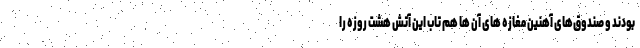
بودند و صندوق‌های آهنین مغازه های آن ها هم تاب این آتش هشت روزه را